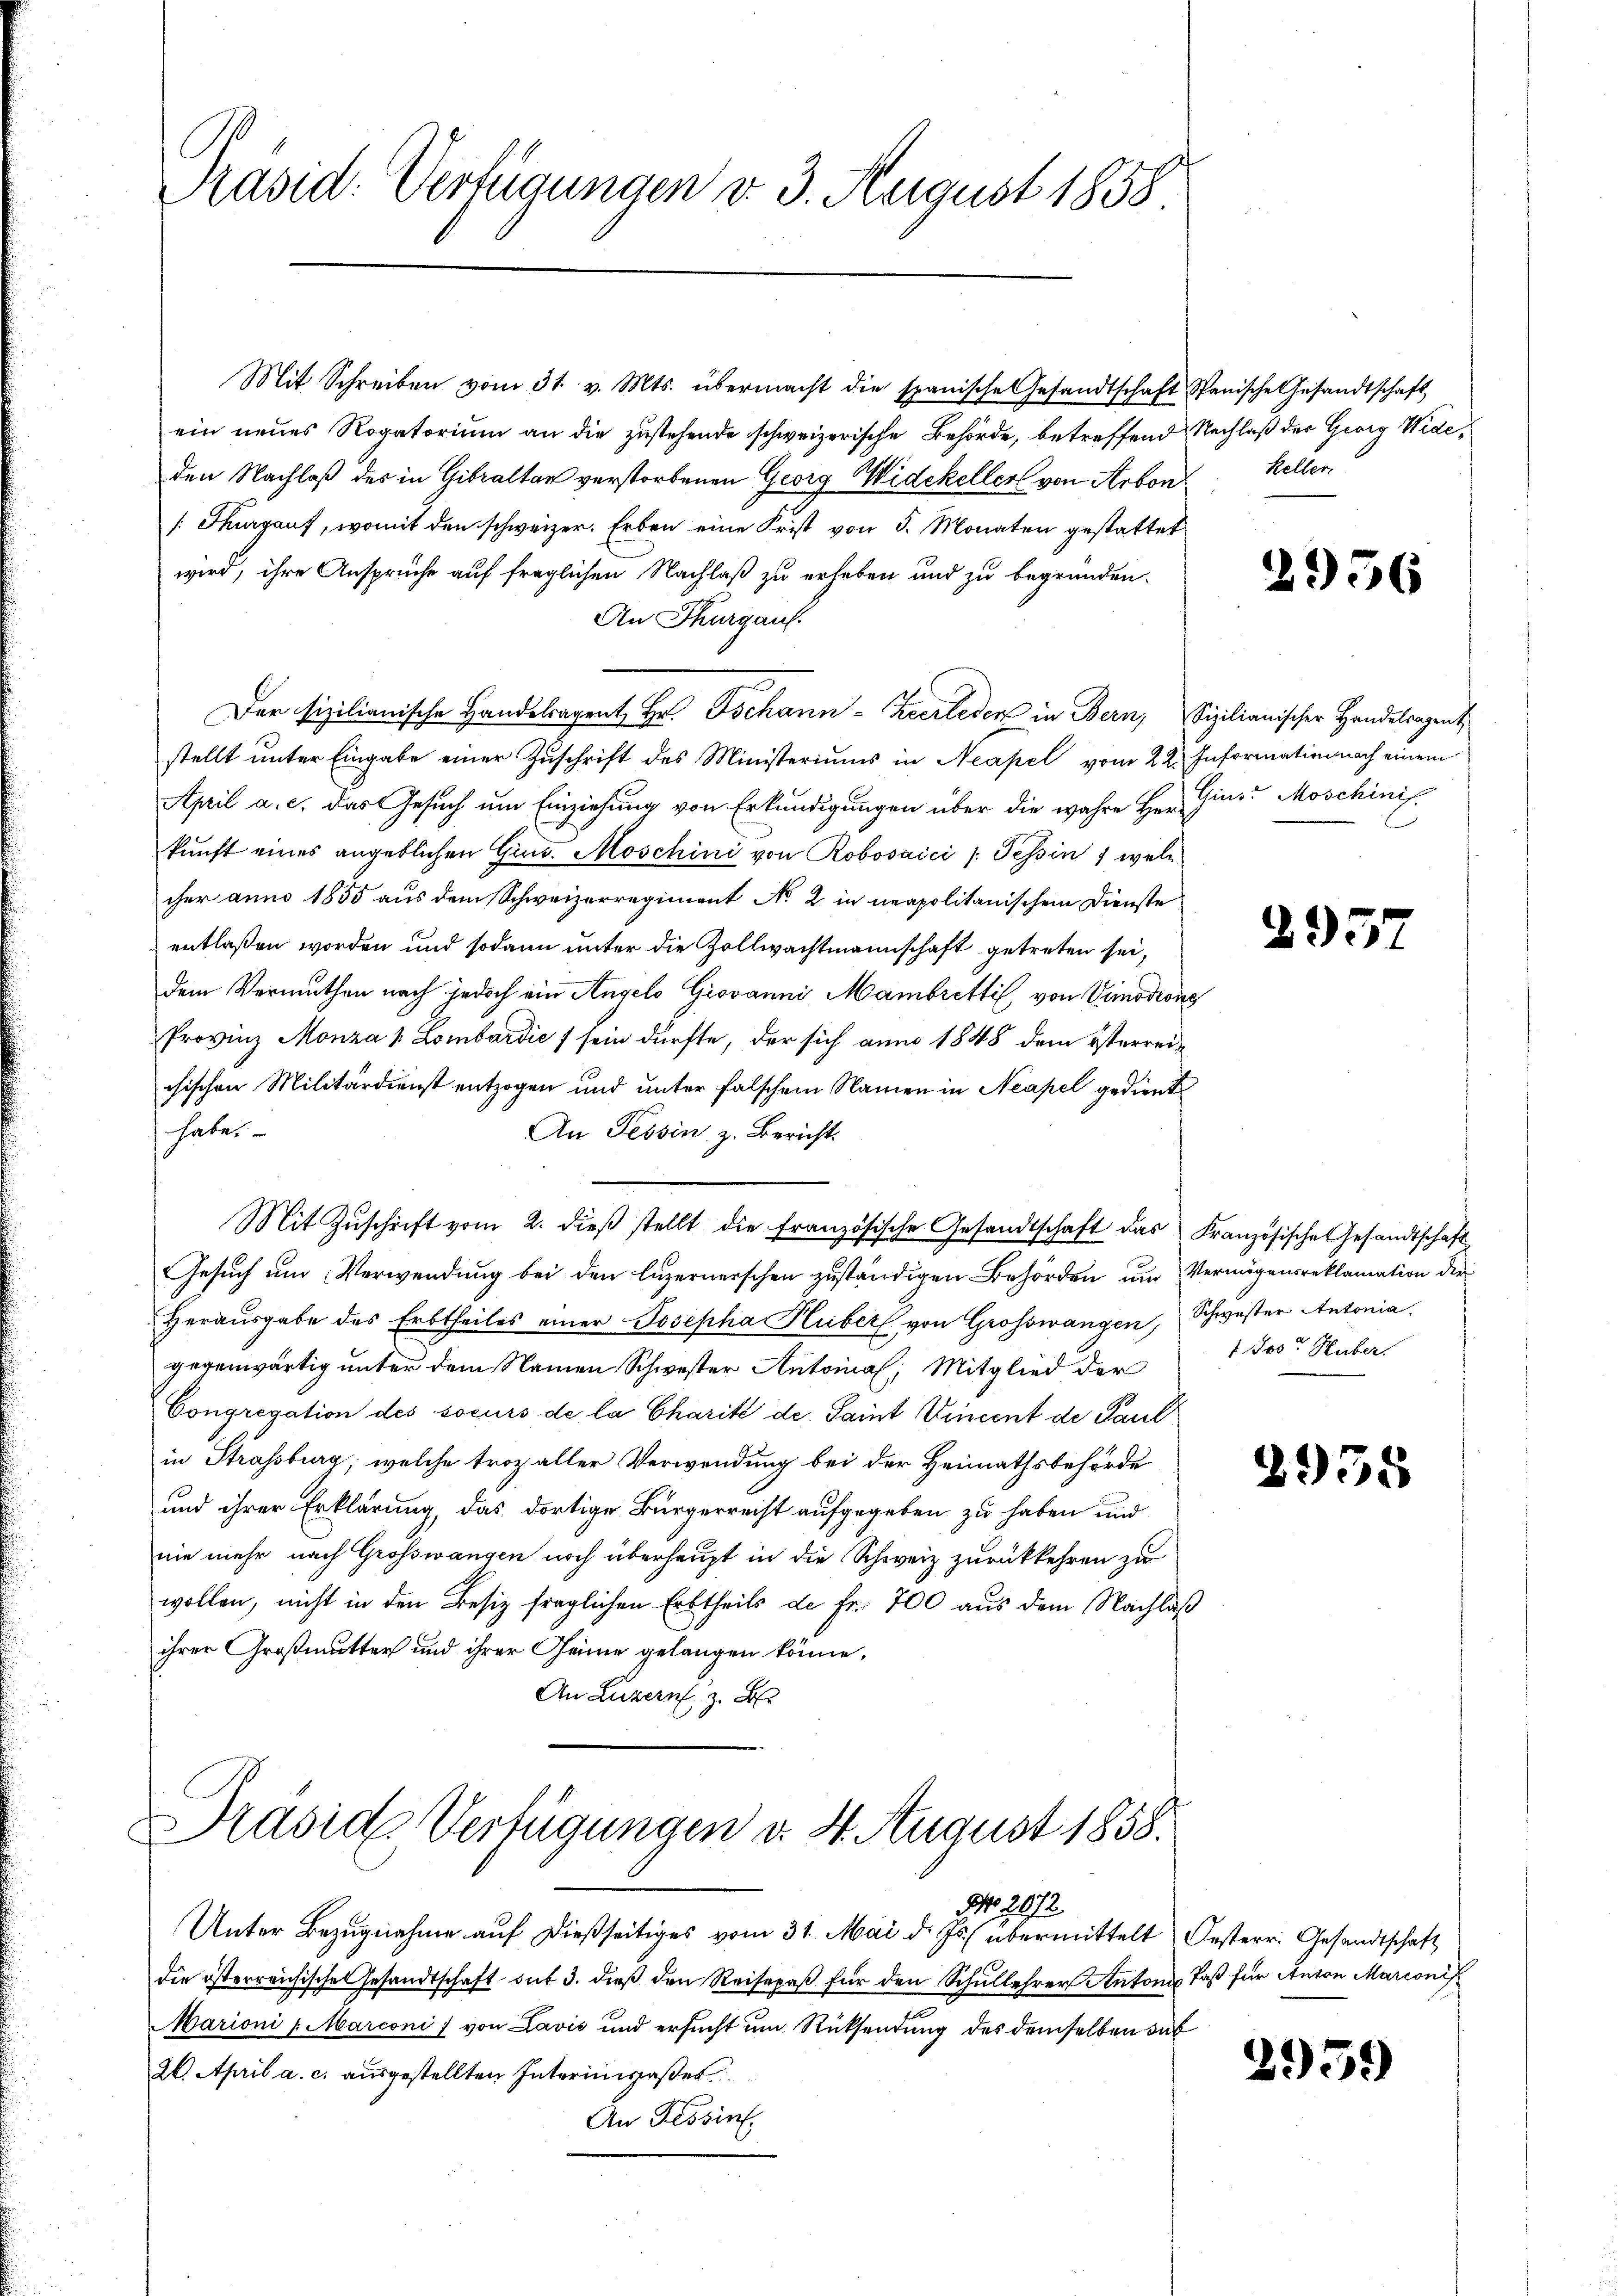
Präsid. Verfügungen v. 3. August 1858

Mit Schreiben vom 31. v. Mts. übermacht die spanische Gesandtschaft Spanische Gesandtschaft
ein neues Rogatorium an die zustehende schweizerische Behörde, betreffend Nachlaß der Georg Wideden Nachlaß des in Giraltar verstorbenen Georg Widekeller von Arbon
[Thurgauf, womit den schweizer. Erben eine Frist von 5. Monaten gestattet
wird, ihre Ansprüche auf fraglichen Nachlaß zu erheben und zu begründen.
An Thurgau.
Der sizilianische Handelagent Hr. Tschann - Zeerleder in Bern, Sizilianischer Handelsagent
stellt unter Eingabe einer Zŭschrift des Ministeriums in Neapel vom 22. Information nach einem
April a. c. das Gesuch um Einziehung von Erkundigungen über die wahre Herr. Gins. Moschiniskunft eines angeblichen Gind. Moschini von Robosaici /: Tessin , welcher anno 1855 aus dem Schweizerregiment No 2 in neapolitanischem Dienste
entlaßen worden und sodann unter die Zollwachtmannschaft getreten sei,
dem Vermuthen nach jedoch ein Angelo Giovanni Mambretti von Vimoding
Provinz Monza 1 Lombardić f sein dürfte, der sich anno 1848 dem österreichischen Militärdienst entzogen und unter falschem Namen in Neapel gedient
habe.
An Tessin, z. Bericht
Mit Zŭschrift vom 2. dieβ stellt die französische Gesandtschaft das Französische Gesandtschaft
Gesuch um Verwendung bei den luzernerschen zuständigen Behörden und Vermögensreklamation der
Herausgabe des Erbtheiles einer Josepha Huber von Grosswangen, Schwester Antonia
gegenwärtig unter dem Namen Schwester Antonal, Mitglied der
Congregation des soeurs de la Charité de Saint Vincent de Paul
in Strassburg, welche troz aller Verwendung bei der Heimathsbehörde
und ihrer Erklärung, das dortige Bürgerrecht aufgegeben zu haben und
nie mehr nach Grosswangen noch überhaupt in die Schweiz zurückkehren zu
wollen, nicht in den Besiz fraglichen Erbtheils de Fr. 700 aus dem Nachläß
ihrer Großmutter und ihrer Heime gelangen könne,
An Luzern, z. B.
Käside Verfügungen d. 4. August 1858.
No. 2072.
Unter Bezugnahme auf dießseitiges vom 31. Mai d. Js. übermittelt Oesterr. Gesandtschaft
die österreichische Gesandtschaft auf 3. dieβ den Reisepaβ für den Schullehrer Antons Paß für Anton Marconis
Marioni - Marconi, von Lavić und ersucht um Rücksendung des demselben das
26. April a. c. ausgestellten Interimspaßer
An Tessin.

Keller

2956

295.

1 Jos. Huber.

2958

2959